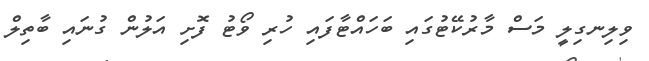
ވިލިނގިލީ މަސް މާރުކޭޓުގައި ބަހައްޓާފައި ހުރި ވޯޓު ފޮށި އަލުން ގުނައި ބާތިލް